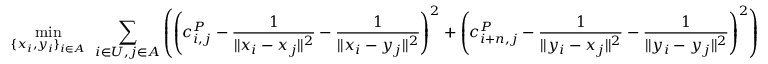
\operatorname* { m i n } _ { \{ x _ { i } , y _ { i } \} _ { i \in A } } \: \: { \sum _ { i \in U , j \in A } \left( \left( c _ { i , j } ^ { P } - \frac { 1 } { \| x _ { i } - x _ { j } \| ^ { 2 } } - \frac { 1 } { \| x _ { i } - y _ { j } \| ^ { 2 } } \right) ^ { 2 } + \left( c _ { i + n , j } ^ { P } - \frac { 1 } { \| y _ { i } - x _ { j } \| ^ { 2 } } - \frac { 1 } { \| y _ { i } - y _ { j } \| ^ { 2 } } \right) ^ { 2 } \right) }